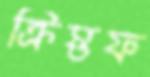
ক্রিস্তফ